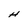
Character: H